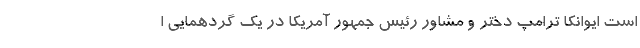
است ایوانکا ترامپ دختر و مشاور رئیس جمهور آمریکا در یک گردهمایی ا